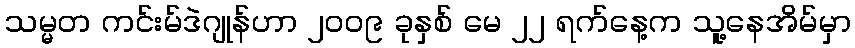
သမ္မတ ကင်းမ်ဒဲဂျုန်ဟာ ၂၀၀၉ ခုနှစ် မေ ၂၂ ရက်နေ့က သူ့နေအိမ်မှာ